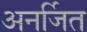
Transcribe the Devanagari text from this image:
अनर्जित